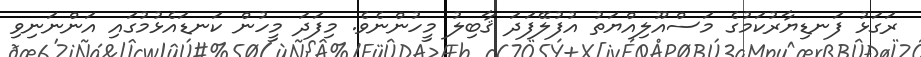
ރަގަޅު ފަނޑިޔާރުކަމުގެ މަސްއޫލިއްޔަތު އުފުލޭފަދަ ޤާބިލު މީހުންނެވެ. މިފަދަ މީހުން ކަނޑައެޅުމުގައި އަންނަނިވި